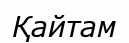
Қайтам